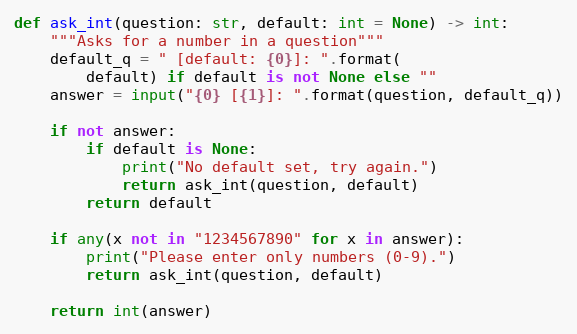
Language: Python
def ask_int(question: str, default: int = None) -> int:
    """Asks for a number in a question"""
    default_q = " [default: {0}]: ".format(
        default) if default is not None else ""
    answer = input("{0} [{1}]: ".format(question, default_q))

    if not answer:
        if default is None:
            print("No default set, try again.")
            return ask_int(question, default)
        return default

    if any(x not in "1234567890" for x in answer):
        print("Please enter only numbers (0-9).")
        return ask_int(question, default)

    return int(answer)